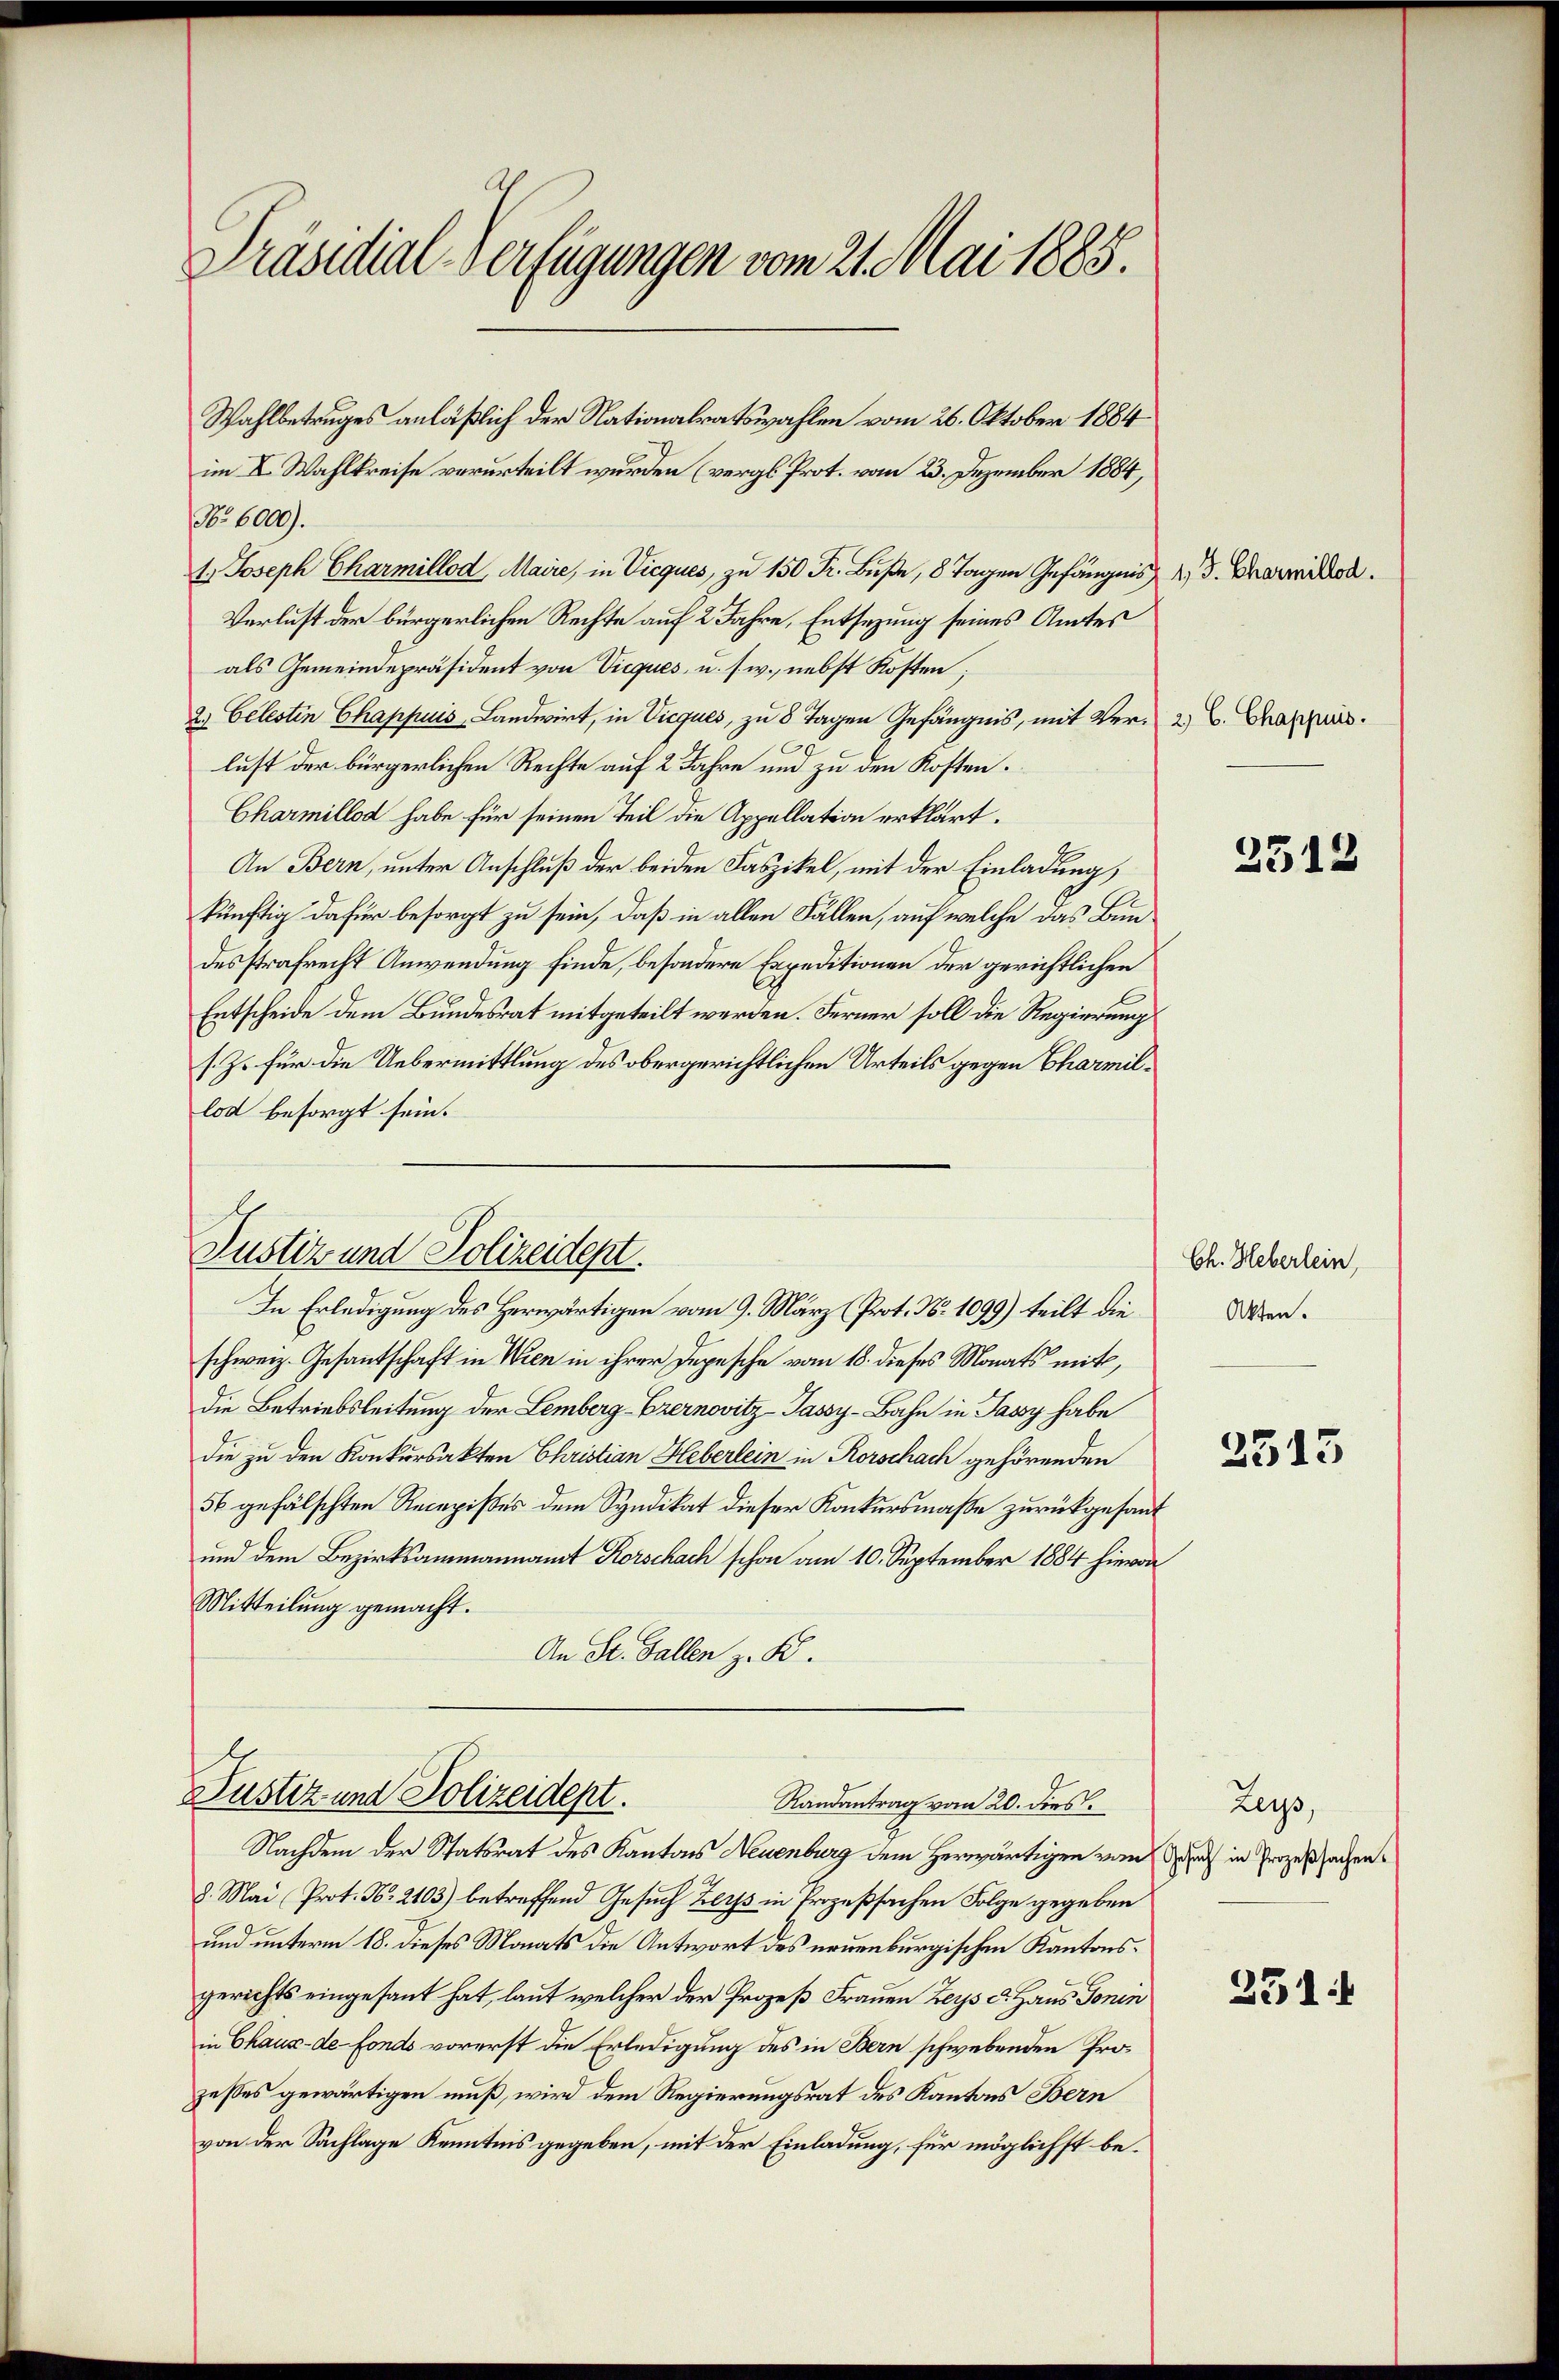
Präsidial-Verfügungen vom 21. Mai 1885.

Wahlbetruges anläßlich der Nationalratswahlen vom 26. Oktober 1884
im X. Wahlkreise verurteilt wurden (vergl. Prot. vom 23. Dezember 1884,
No 6000).
t Joseph Charmillo Maire, in Vice zu Fr. Buße, 8 Tagen Gefängnis
Verlust der bürgerlichen Rechte auf 2 Jahre, Entsezung seines Amtes
als Gemeindepräsident von Vieques, u. s. w., nebst Kosten;
2. Celestin Chappuis Landwirt, in Vicques, zu 8 Tagen Gefängnis, mit Ver- B. Chappas.
lust der bürgerlichen Rechte auf 2 Jahre und zu den Kosten.
Charmillod habe für seinen Teil die Appellation erklärt.
An Bern, unter Anschluß der beiden Faszikel, mit der Einladung,
künftig dafür besorgt zu sein, daß in allen Fällen, auf welche das Bundesstrafrecht Anwendung finde, besondere Expeditionen der gerichtlichen
Entscheide dem Bundesrat mitgeteilt werden. Ferner soll die Regierung
s. Z. für die Uebermittlung des obergerichtlichen Urteils gegen Charmillod besorgt sein.

schweiz. Gesantschaft in Wien in ihrer Depesche vom 18. dieses Monats mit,
die Betriebsleitung der Lemberg-Erernovitz-Passy-Bahn in Jassy habe
die zu den Konkursakten Christian Heberlein in Rorschach gehörenden
56 gefälschten Recepisses dem Syndikat dieser Konkursmaße zurückgesant
und dem Bezirksammannamt Korschach schon am 10. September 1884 hievon
Mitteilung gemacht.
An St. Gallen z. B.

Nachdem der Statsrat des Kantons Neuenburg dem herwärtigen vom auch in Prozeßsachen¬
8. Mai (Prot. No. 2103) betreffend Gesuch Zers in Prozeßsachen Folge gegeben
und unterm 18. dieses Monats die Antwort des neuenburgischen Kantonsgerichts eingesant hat, laut welcher der Prozeß Frauen Leys d. Haus Gonin
in Chaux-de-Fonds vorerst die Erledigung des in Bern schwebenden Prozesses gewärtigen muß, wird dem Regierungsrat des Kantons Bern
von der Sachlage Kenntnis gegeben, mit der Einladung, für möglichst be¬

Justiz und Polizeident.
In Erledigung des Herwärtigen vom 9. März (Prot. No 1099) teilt die

Justiz und Polizeidept.
Randantrag vom 20. dies

1 J. Charmillod.

2512

Ch. Heberlein,
Akten.

2515

Leys,

2311